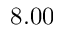
8 . 0 0